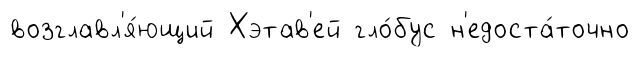
возглавл'я́ющий Хэтав'ей гло́бус н'едоста́точно